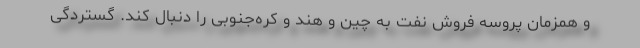
و همزمان پروسه فروش نفت به چین و هند و کره‌جنوبی را دنبال کند. گستردگی